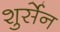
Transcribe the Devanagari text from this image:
शुर्सेन